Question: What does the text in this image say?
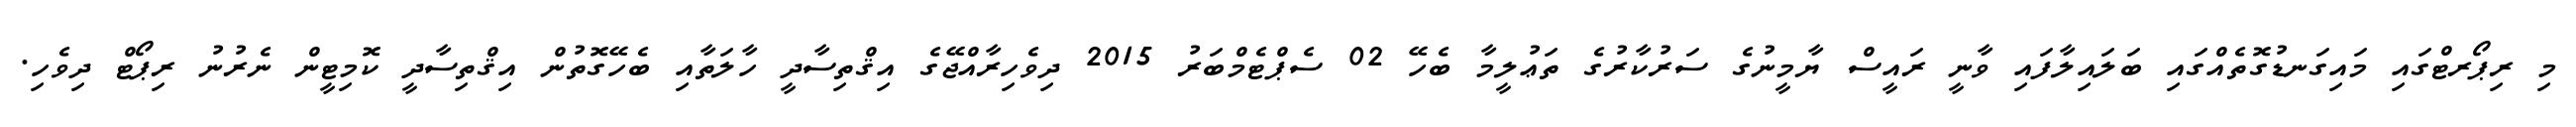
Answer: މި ރިޕޯރޓްގައި މައިގަނޑުގޮތެއްގައި ބަލައިލާފައި ވާނީ ރައީސް ޔާމީނުގެ ސަރުކާރުގެ ތަޢުލީމާ ބެހޭ 02 ސެޕްޓެމްބަރު 2015 ދިވެހިރާއްޖޭގެ އިޤްތިސާދީ ހާލަތާއި ބެހޭގޮތުން އިޤްތިސާދީ ކޮމިޓީން ނެރުނު ރިޕޯޓް ދިވެހި.